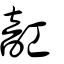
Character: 䪦